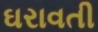
ઘરાવતી